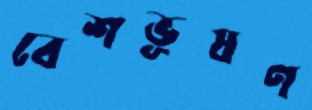
বেশভূষণ